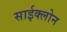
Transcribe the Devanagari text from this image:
साईक्लोन